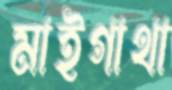
মাইগাথা